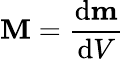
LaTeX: \mathbf{M}={\frac{\mathrm{d}\mathbf{m}}{\mathrm{d}V}}